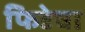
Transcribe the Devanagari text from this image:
फिडेचा